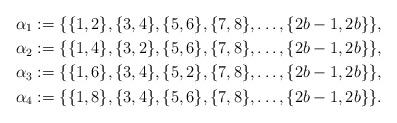
LaTeX: \begin{align*}\alpha_1:=\{\{1,2\},\{3,4\},\{5,6\},\{7,8\},\ldots,\{2b-1,2b\}\},\\\alpha_2:=\{\{1,4\},\{3,2\},\{5,6\},\{7,8\},\ldots,\{2b-1,2b\}\},\\\alpha_3:=\{\{1,6\},\{3,4\},\{5,2\},\{7,8\},\ldots,\{2b-1,2b\}\},\\\alpha_4:=\{\{1,8\},\{3,4\},\{5,6\},\{7,8\},\ldots,\{2b-1,2b\}\}.\end{align*}